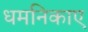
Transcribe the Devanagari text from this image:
धमनिकाए